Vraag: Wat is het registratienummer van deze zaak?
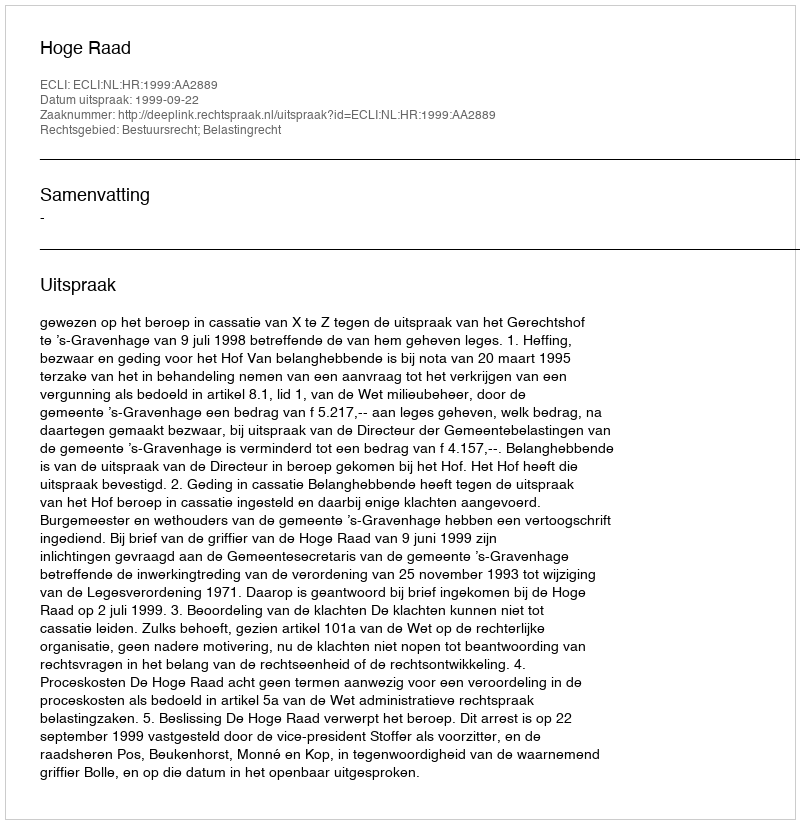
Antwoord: http://deeplink.rechtspraak.nl/uitspraak?id=ECLI:NL:HR:1999:AA2889